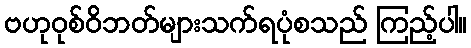
ဗဟုဝုစ်ဝိဘတ်များသက်ရပုံစသည် ကြည့်ပါ။